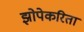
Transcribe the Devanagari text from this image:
झोपेकरिता